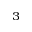
^ { 3 }